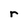
Character: r